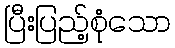
ပြီးပြည့်စုံသော